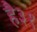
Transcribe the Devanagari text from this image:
है३१